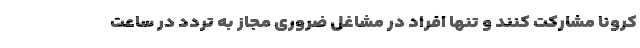
کرونا مشارکت کنند و تنها افراد در مشاغل ضروری مجاز به تردد در ساعت